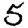
Digit: 5